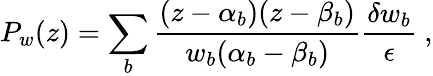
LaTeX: P_{w}(z)=\sum_{b}\frac{(z-\alpha_{b})(z-\beta_{b})}{w_{b}(\alpha_{b}-\beta_{b})}\frac{\delta w_{b}}{\epsilon}\ ,